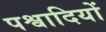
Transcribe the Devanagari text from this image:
पश्वादियों